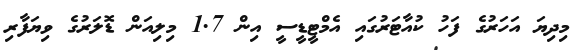
މިދިޔަ އަހަރުގެ ފަހު ކުއާޓަރުގައި އެމްޓީޑީސީ އިން 1.7 މިލިއަން ޑޮލަރުގެ ވިޔަފާރި